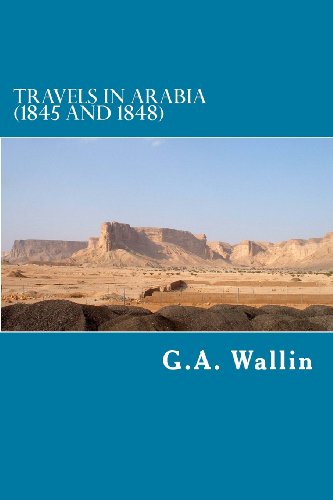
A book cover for Travels in Arabia: (1845 and 1848) (Arabia Past & Present); G. A. Wallin; Travel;